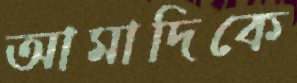
আমাদিকে